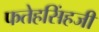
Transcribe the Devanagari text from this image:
फतेहसिंहजी